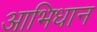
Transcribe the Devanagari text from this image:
आभिधान